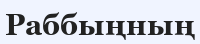
Раббыңның